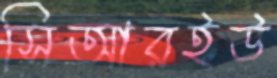
সিআরইউ